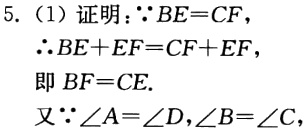
5. (1) 证明：\(\because BE = CF\)，
\(\therefore BE + EF = CF + EF\)，
\(\therefore BE + EF=CF + EF\)，
即 \(BF = CE\).
又\(\because\angle A=\angle D,\angle B = \angle C\)